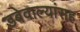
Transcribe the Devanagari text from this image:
डबेवाल्यांसह